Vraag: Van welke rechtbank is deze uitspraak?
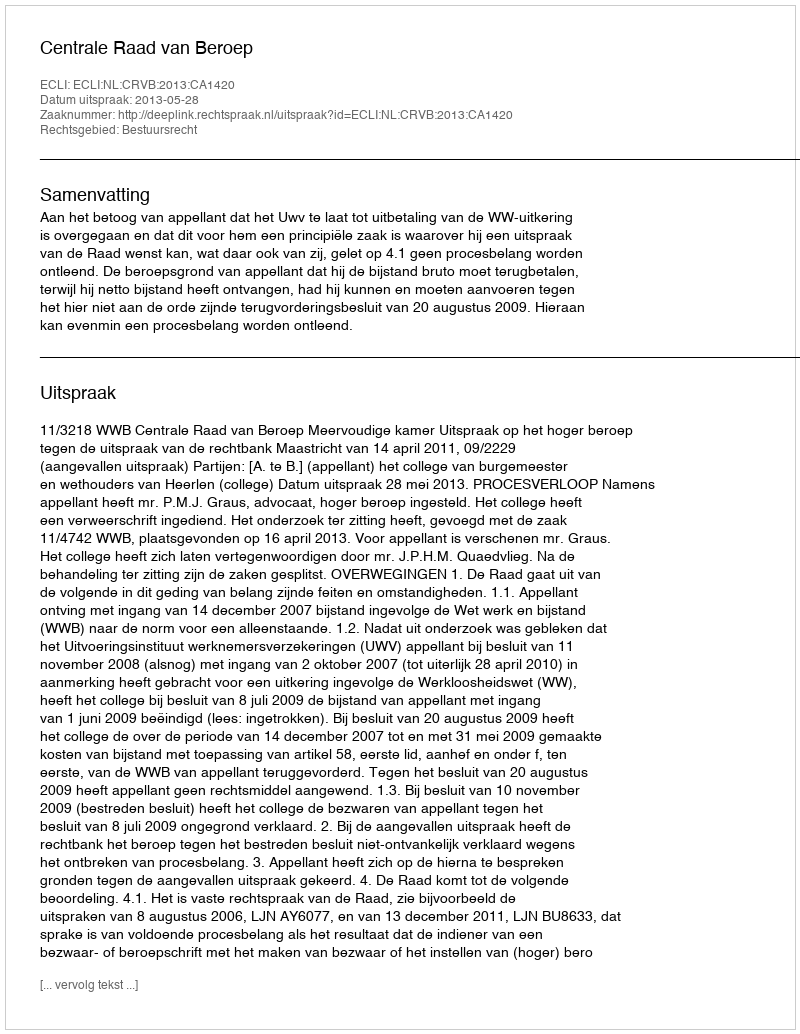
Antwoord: Centrale Raad van Beroep